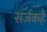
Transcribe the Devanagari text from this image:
सर्जकहैं